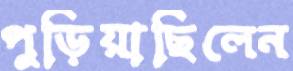
পুড়িয়াছিলেন